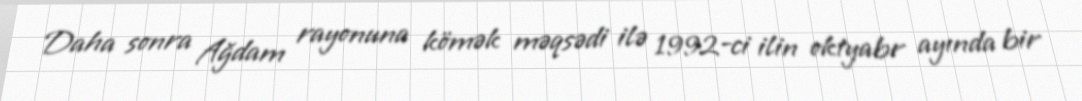
Daha sonra Ağdam rayonuna kömək məqsədi ilə 1992-ci ilin oktyabr ayında bir